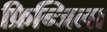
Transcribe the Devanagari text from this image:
फ्रिन्जिला